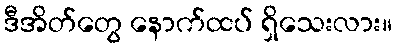
ဒီအိတ်တွေ နောက်ထပ် ရှိသေးလား။